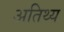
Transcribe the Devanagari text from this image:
अतिथ्य